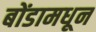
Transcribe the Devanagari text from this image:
बोंडामधून